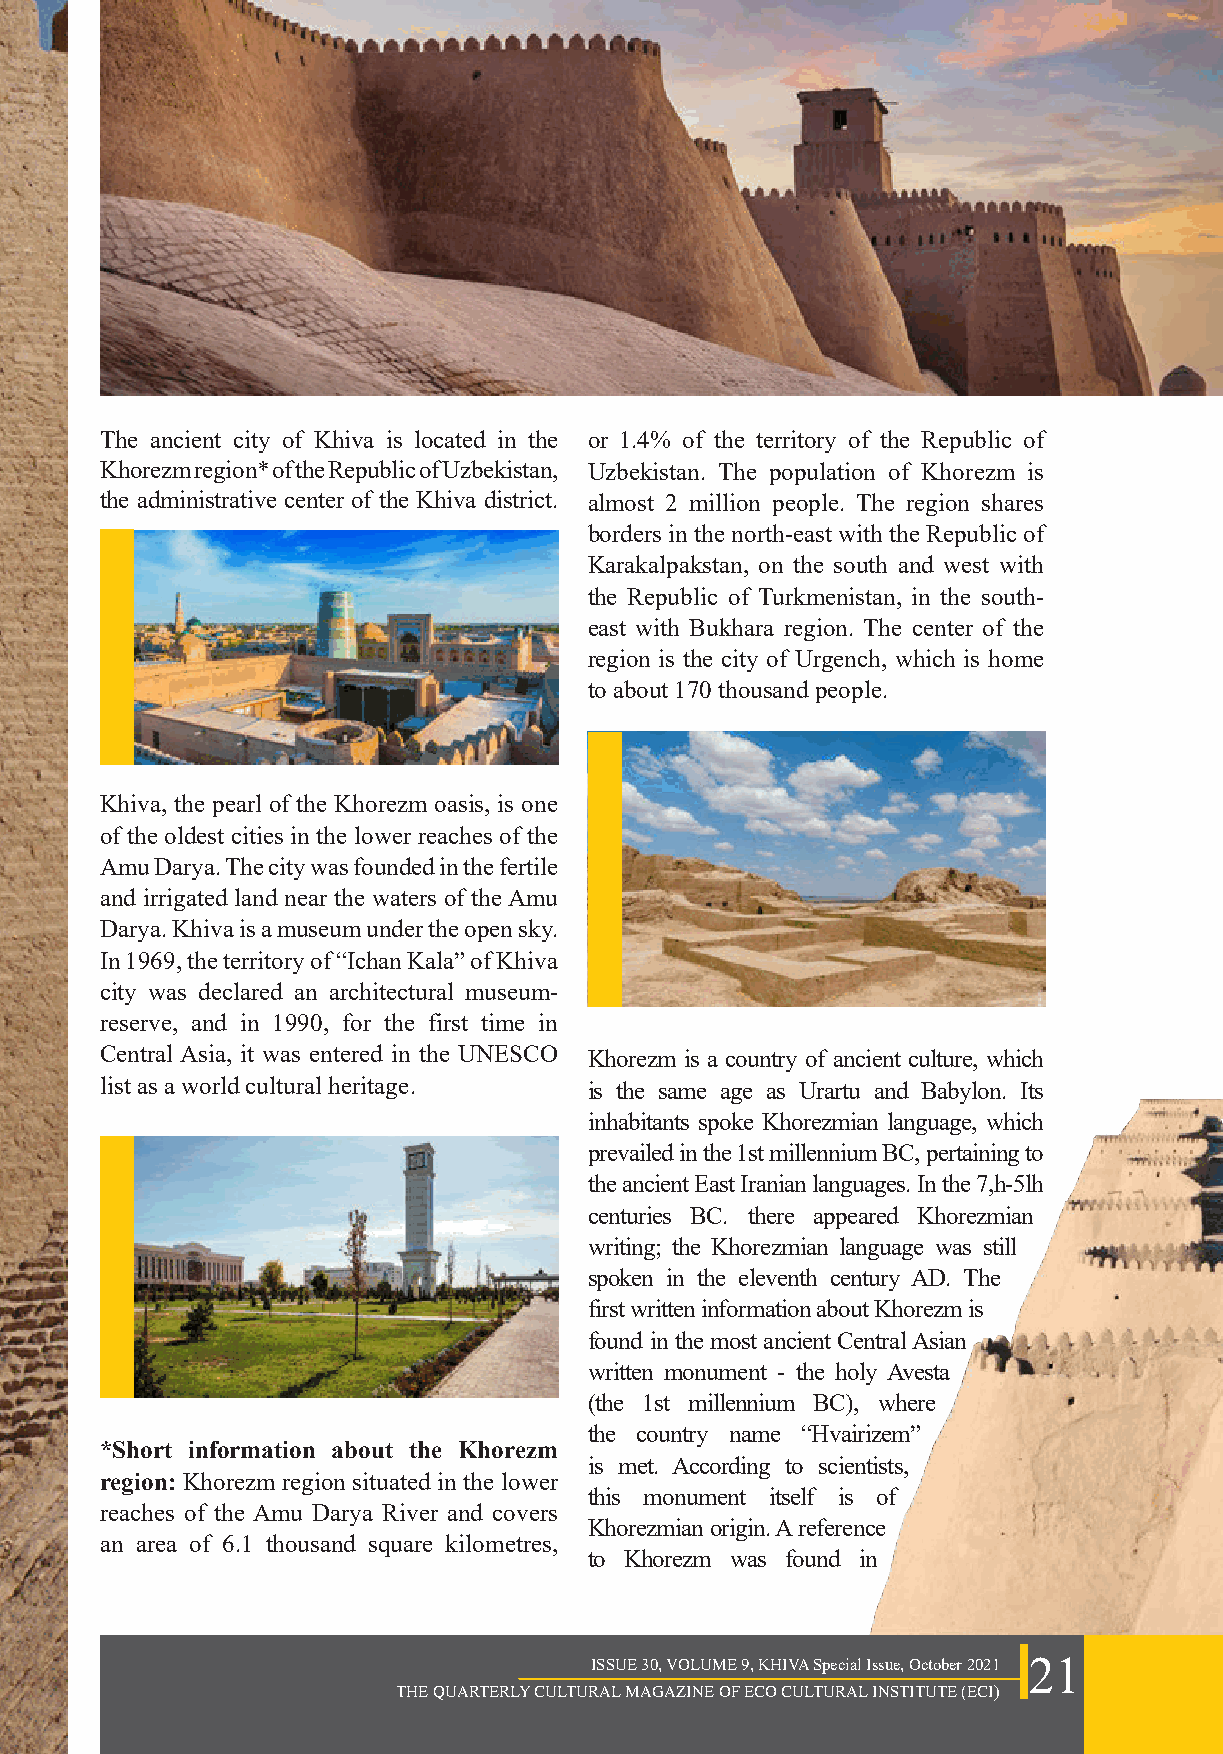
The ancient city of Khiva is located in the or 1.4% of the territory of the Republic of
 Khorezm region* of the Republic of Uzbekistan, Uzbekistan. The population of Khorezm is
 the administrative center of the Khiva district. almost 2 million people. The region shares
 borders in the north-east with the Republic of
 Karakalpakstan, on the south and west with
 the Republic of Turkmenistan, in the south-
 east with Bukhara region. The center of the
 region is the city of Urgench, which is home
 to about 170 thousand people.
 Khiva, the pearl of the Khorezm oasis, is one
 of the oldest cities in the lower reaches of the
 Amu Darya. The city was founded in the fertile
 Ancient Khorezm
 and irrigated land near the waters of the Amu
 Darya. Khiva is a museum under the open sky.
 In 1969, the territory of “Ichan Kala” of Khiva
 city was declared an architectural museum-
 reserve, and in 1990, for the first time in
 Central Asia, it was entered in the UNESCO Khorezm is a country of ancient culture, which
 list as a world cultural heritage. is the same age as Urartu and Babylon. Its
 inhabitants spoke Khorezmian language, which
 prevailed in the 1st millennium BC, pertaining to
 the ancient East Iranian languages. In the 7,h-5lh
 centuries BC. there appeared Khorezmian
 writing; the Khorezmian language was still
 spoken in the eleventh century AD. The
 first written information about Khorezm is
 found in the most ancient Central Asian
 written monument - the holy Avesta
 (the 1st millennium BC), where
 the country name “Hvairizem”
 *Short information about the Khorezm
 is met. According to scientists,
 region: Khorezm region situated in the lower
 this monument itself is of
 reaches of the Amu Darya River and covers
 Khorezmian origin. A reference
 an area of 6.1 thousand square kilometres,
 to Khorezm was found in
 ISSUE 30, VOLUME 9, KHIVA Special Issue, October 2021 21
 THE QUARTERLY CULTURAL MAGAZINE OF ECO CULTURAL INSTITUTE (ECI)